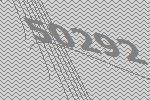
50292